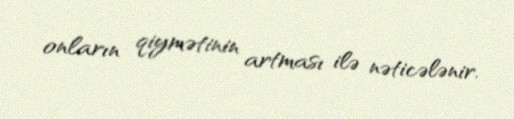
onların qiymətinin artması ilə nəticələnir.